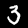
Label: 3